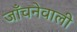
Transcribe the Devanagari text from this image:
जाँचनेवाली